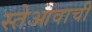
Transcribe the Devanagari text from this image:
स्तेआवाची